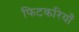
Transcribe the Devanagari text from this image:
फिटकरियाँ